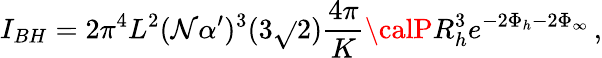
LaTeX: I_{BH}=2\pi^{4}L^{2}(\mathcal{N}\alpha^{\prime})^{3}(3\sqrt{}{{2}})\frac{{4\pi}}{{K}}{\calP}R_{h}^{3}e^{-2\Phi_{h}-2\Phi_{\infty}}\, ,